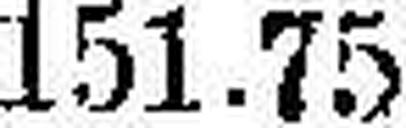
151.75